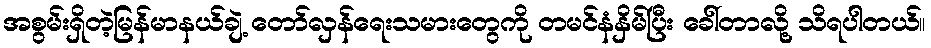
အစွမ်းရှိတဲ့မြန်မာနယ်ချဲ့ တော်လှန်ရေးသမားတွေကို တမင်နံနှိမ်ပြီး ခေါ်တာလို့ သိရပါတယ်။